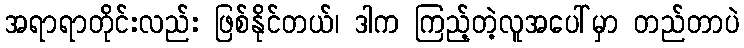
အရာရာတိုင်းလည်း ဖြစ်နိုင်တယ်၊ ဒါက ကြည့်တဲ့လူအပေါ်မှာ တည်တာပဲ